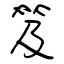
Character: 笈